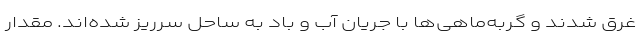
غرق شدند و گربه‌ماهی‌ها با جریان آب و باد به ساحل سرریز شده‌اند. مقدار